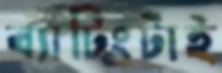
ব্যাটিংটাই